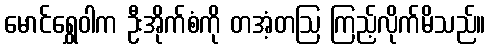
မောင်ရွှေဝါက ဦးအိုက်စံကို တအံ့တဩ ကြည့်လိုက်မိသည်။